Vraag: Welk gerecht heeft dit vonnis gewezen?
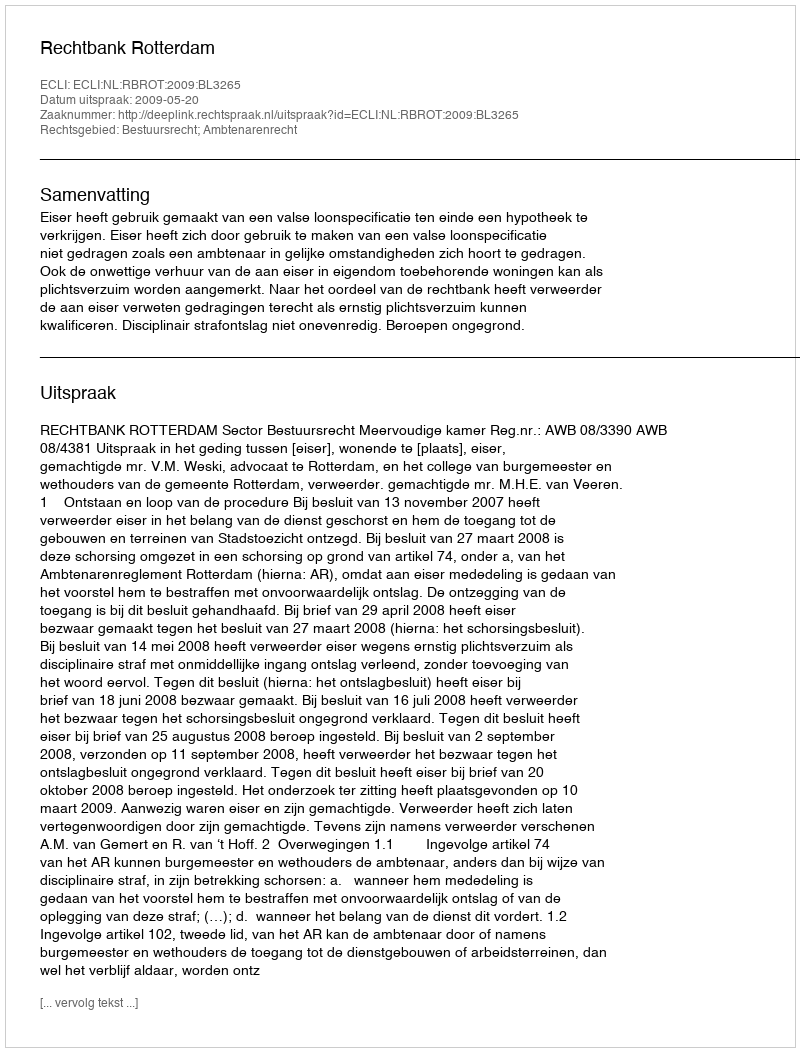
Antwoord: Rechtbank Rotterdam